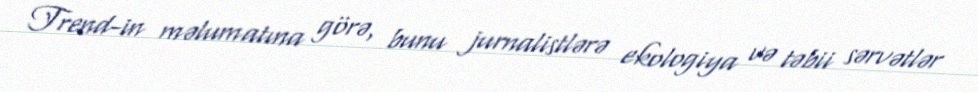
Trend-in məlumatına görə, bunu jurnalistlərə ekologiya və təbii sərvətlər